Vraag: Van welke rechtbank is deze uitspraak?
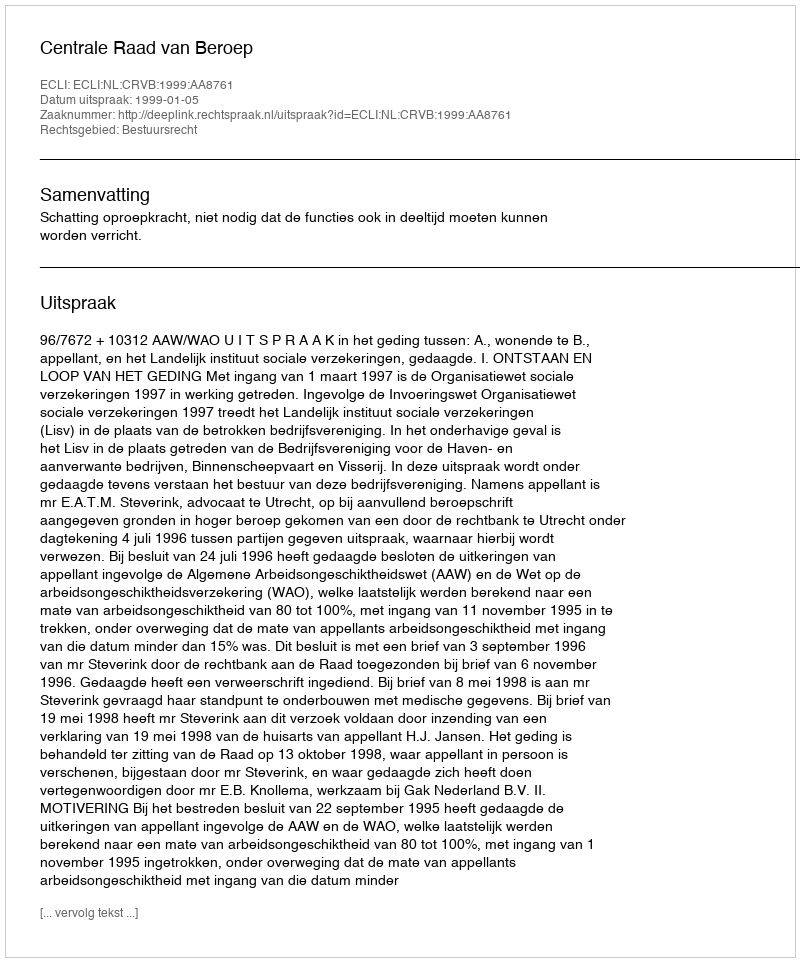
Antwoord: Centrale Raad van Beroep